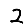
Digit: 2